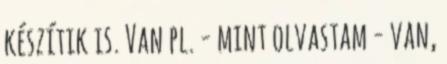
készítik is. Van pl. - mint olvastam - van,